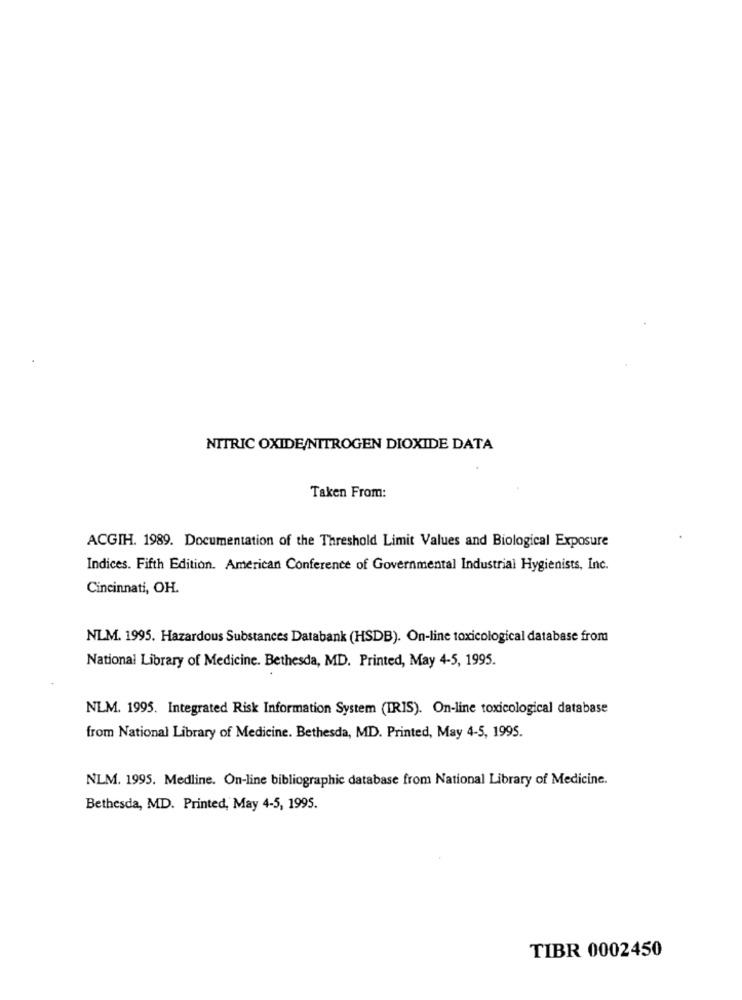
NITRIC OXIDE/NITROGEN DIOXIDE DATA
Taken From:
ACGIH. 1989. Documentation of the Threshold Limit Values and Biological Exposure
Indices. Fifth Edition. American Conference of Governmental Industrial Hygienists, Inc.
Cincinnati, OH.
NLM. 1995. Hazardous Substances Databank (HSDB). On-line toxicological database from
National Library of Medicine. Bethesda, MD. Printed, May 4-5, 1995.
NLM. 1995. Integrated Risk Information System (IRIS). On-line toxicological database
from National Library of Medicine. Bethesda, MD. Printed, May 4-5, 1995.
NLM. 1995. Medline. On-line bibliographic database from National Library of Medicine.
Bethesda, MD. Printed, May 4-5, 1995.
TIBR 0002450